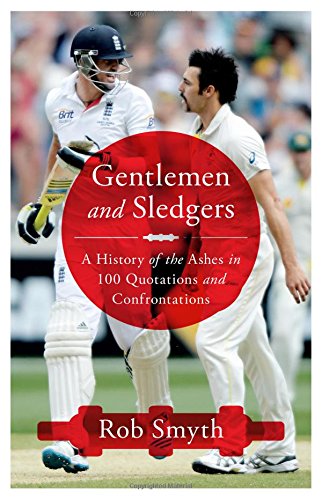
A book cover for Gentlemen and Sledgers: A History of the Ashes in 100 Quotations; Rob Smyth; Sports & Outdoors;